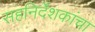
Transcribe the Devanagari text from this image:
सहनिर्देशकांचा